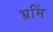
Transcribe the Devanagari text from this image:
भ्रमिं